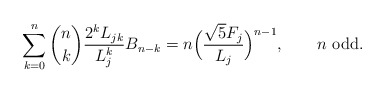
\begin{align*}\sum_{k = 0}^n \binom nk \frac{2^kL_{jk}}{L_j^{k}} B_{n - k} = n\Big(\frac{\sqrt5 F_j}{L_j}\Big)^{n - 1},\qquad\mbox{$n$ odd}.\end{align*}